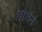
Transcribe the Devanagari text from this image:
शोषते